Rangoon Lunatic Asylum 1878-1892 - 1878-1892
Year: 1878
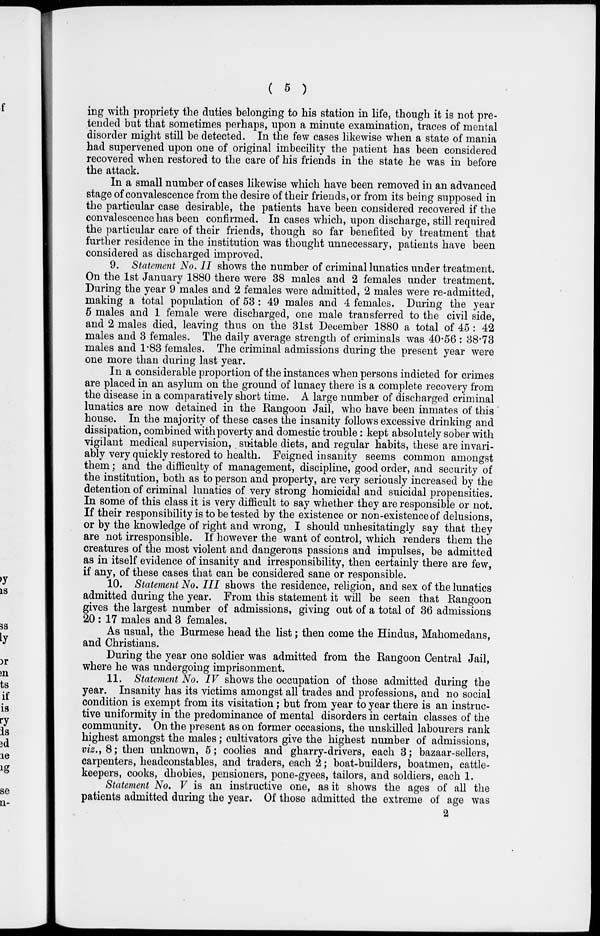
( 5 )
ing with propriety the duties belonging to his station in life, though it is not pre-
tended but that sometimes perhaps, upon a minute examination, traces of mental
disorder might still be detected. In the few cases likewise when a state of mania
had supervened upon one of original imbecility the patient has been considered
recovered when restored to the care of his friends in the state he was in before
the attack.
In a small number of cases likewise which have been removed in an advanced
stage of convalescence from the desire of their friends, or from its being supposed in
the particular case desirable, the patients have been considered recovered if the
convalescence has been confirmed. In cases which, upon discharge, still required
the particular care of their friends, though so far benefited by treatment that
further residence in the institution was thought unnecessary, patients have been
considered as discharged improved.
9. Statement No. II shows the number of criminal lunatics under treatment.
On the 1st January 1880 there were 38 males and 2 females under treatment.
During the year 9 males and 2 females were admitted, 2 males were re-admitted,
making a total population of 53 : 49 males and 4 females. During the year
5 males and 1 female were discharged, one male transferred to the civil side,
and 2 males died, leaving thus on the 31st December 1880 a total of 45: 42
males and 3 females. The daily average strength of criminals was 40.56 : 38.73
males and 1.83 females. The criminal admissions during the present year were
one more than during last year.
In a considerable proportion of the instances when persons indicted for crimes
are placed in an asylum on the ground of lunacy there is a complete recovery from
the disease in a comparatively short time. A large number of discharged criminal
lunatics are now detained in the Rangoon Jail, who have been inmates of this
house. In the majority of these cases the insanity follows excessive drinking and
dissipation, combined with poverty and domestic trouble : kept absolutely sober with
vigilant medical supervision, suitable diets, and regular habits, these are invari-
ably very quickly restored to health. Feigned insanity seems common amongst
them; and the difficulty of management, discipline, good order, and security of
the institution, both as to person and property, are very seriously increased by the
detention of criminal lunatics of very strong homicidal and suicidal propensities.
In some of this class it is very difficult to say whether they are responsible or not.
If their responsibility is to be tested by the existence or non-existence of delusions,
or by the knowledge of right and wrong, I should unhesitatingly say that they
are not irresponsible. If however the want of control, which renders them the
creatures of the most violent and dangerous passions and impulses, be admitted
as in itself evidence of insanity and irresponsibility, then certainly there are few,
if any, of these cases that can be considered sane or responsible.
10. Statement No. III shows the residence, religion, and sex of the lunatics
admitted during the year. From this statement it will be seen that Rangoon
gives the largest number of admissions, giving out of a total of 36 admissions
20 : 17 males and 3 females.
As usual, the Burmese head the list; then come the Hindus, Mahomedans,
and Christians.
During the year one soldier was admitted from the Rangoon Central Jail,
where he was undergoing imprisonment.
11. Statement No. IV shows the occupation of those admitted during the
year. Insanity has its victims amongst all trades and professions, and no social
condition is exempt from its visitation; but from year to year there is an instruc-
tive uniformity in the predominance of mental disorders in certain classes of the
community. On the present as on former occasions, the unskilled labourers rank
highest amongst the males; cultivators give the highest number of admissions,
viz., 8; then unknown, 5; coolies and gharry-drivers, each 3; bazaar-sellers,
carpenters, headconstables, and traders, each 2; boat-builders, boatmen, cattle-
keepers, cooks, dhobies, pensioners, pone-gyees, tailors, and soldiers, each 1.
Statement No. V is an instructive one, as it shows the ages of all the
patients admitted during the year. Of those admitted the extreme of age was
2